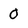
Character: 0